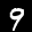
Label: 9